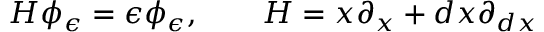
H \phi _ { \epsilon } = \epsilon \phi _ { \epsilon } , \qquad H = x \partial _ { x } + d x \partial _ { d x }